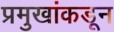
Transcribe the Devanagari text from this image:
प्रमुखांकडून